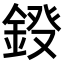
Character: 𮢀